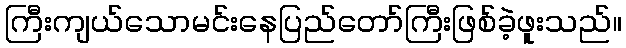
ကြီးကျယ်သောမင်းနေပြည်တော်ကြီးဖြစ်ခဲ့ဖူးသည်။